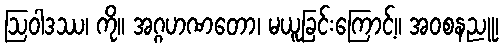
ဩဝါဒဿ၊ ကို။ အဂ္ဂဟဏတော၊ မယူခြင်းကြောင့်။ အဝစနညူ၊